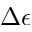
\Delta \epsilon